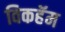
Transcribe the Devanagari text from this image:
विकहॅम